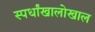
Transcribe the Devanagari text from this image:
स्पर्धांखालोखाल